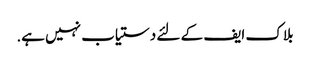
بلاک ایف کے لئے دستیاب نہیں ہے.